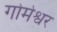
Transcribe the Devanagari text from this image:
गोमेश्वर